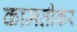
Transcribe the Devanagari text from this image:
कामतीकर